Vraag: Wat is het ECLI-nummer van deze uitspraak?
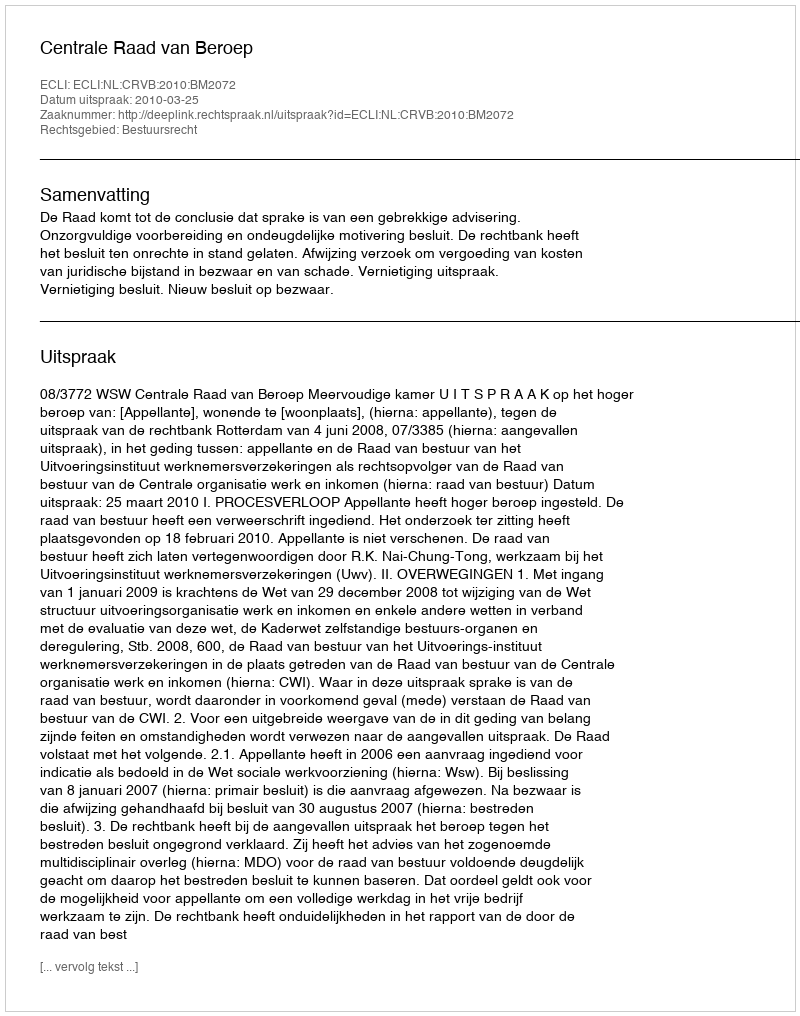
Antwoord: ECLI:NL:CRVB:2010:BM2072